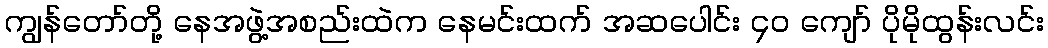
ကျွန်တော်တို့ နေအဖွဲ့အစည်းထဲက နေမင်းထက် အဆပေါင်း ၄၀ ကျော် ပိုမိုထွန်းလင်း